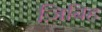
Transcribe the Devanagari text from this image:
ज़िबिह